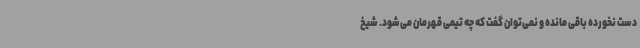
دست نخورده باقی مانده و نمی‌توان گفت که چه تیمی قهرمان می‌شود. شیخ